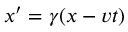
x ^ { \prime } = \gamma ( x - v t )